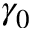
\gamma _ { 0 }